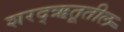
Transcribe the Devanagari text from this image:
शरद्‌ऋतूतील